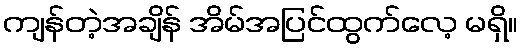
ကျန်တဲ့အချိန် အိမ်အပြင်ထွက်လေ့ မရှိ။